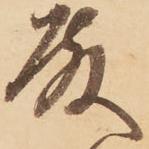
殿